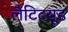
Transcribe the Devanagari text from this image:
लैटिटयूड